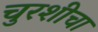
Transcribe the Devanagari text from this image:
चुरशीचा